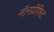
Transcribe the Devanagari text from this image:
नॉनप्रॉफिट